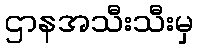
ဌာနအသီးသီးမှ